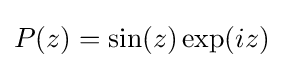
P(z)=\sin(z)\exp(iz)